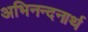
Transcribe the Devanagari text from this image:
अभिनन्दनार्थ